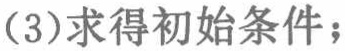
(3)求得初始条件；